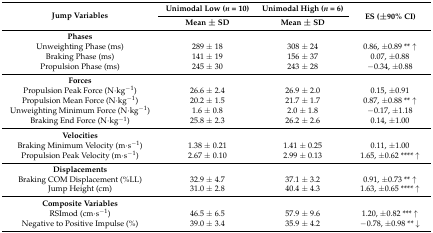
| <ROWSPAN=2> Jump Variables | Unimodal Low (n = 10) | Unimodal High (n = 6) | <ROWSPAN=2> ES (±90% CI) |
 | Mean ± SD | Mean ± SD |
 | --- | --- | --- | --- |
 | Phases |  |  |  |
 | Unweighting Phase (ms) | 289 ± 18 | 308 ± 24 | 0.86, ±0.89 ** ↑ |
 | Braking Phase (ms) | 141 ± 19 | 156 ± 37 | 0.07, ±0.88 |
 | Propulsion Phase (ms) | 245 ± 30 | 243 ± 28 | −0.34, ±0.88 |
 | Forces |  |  |  |
 | Propulsion Peak Force (N·kg−1) | 26.6 ± 2.4 | 26.9 ± 2.0 | 0.15, ±0.91 |
 | Propulsion Mean Force (N·kg−1) | 20.2 ± 1.5 | 21.7 ± 1.7 | 0.87, ±0.88 ** ↑ |
 | Unweighting Minimum Force (N·kg−1) | 1.6 ± 0.8 | 2.0 ± 1.8 | −0.17, ±1.18 |
 | Braking End Force (N·kg−1) | 25.8 ± 2.3 | 26.2 ± 2.6 | 0.14, ±1.00 |
 | Velocities |  |  |  |
 | Braking Minimum Velocity (m·s−1) | 1.38 ± 0.21 | 1.41 ± 0.25 | 0.11, ±1.00 |
 | Propulsion Peak Velocity (m·s−1) | 2.67 ± 0.10 | 2.99 ± 0.13 | 1.65, ±0.62 **** ↑ |
 | Displacements |  |  |  |
 | Braking COM Displacement (%LL) | 32.9 ± 4.7 | 37.1 ± 3.2 | 0.91, ±0.73 ** ↑ |
 | Jump Height (cm) | 31.0 ± 2.8 | 40.4 ± 4.3 | 1.63, ±0.65 **** ↑ |
 | Composite Variables |  |  |  |
 | RSImod (cm·s−1) | 46.5 ± 6.5 | 57.9 ± 9.6 | 1.20, ±0.82 *** ↑ |
 | Negative to Positive Impulse (%) | 39.0 ± 3.4 | 35.9 ± 4.2 | −0.78, ±0.98 ** ↓ |